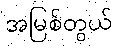
အမြစ်တွယ်